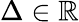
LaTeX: \Delta\in\mathbb R